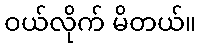
ဝယ်လိုက် မိတယ်။